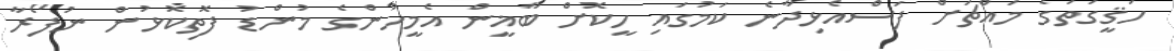
ހަޤީގަތުގެ މައްޗަށް ފަސްއެޅިދާނެ ކަމުގައި ހީކޮށް ބާޣީން އެމީހުންގެ މުންޑު ފޮތިކޮޅުން ނުފޯރާ